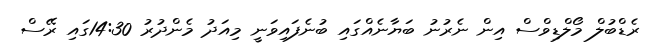
ރެޑްބުލް މޯލްޑިވްސް އިން ނެރުނު ބަޔާނެއްގައި ބުނެފައިވަނީ މިއަދު މެންދުރު 14:30ގައި ރޭސް